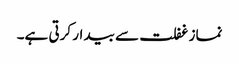
نماز غفلت سے بیدار کرتی ہے۔